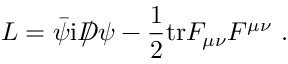
{ \cal L } = \bar { \psi } \mathrm { i } D \! \! \! \! / \, \psi - \frac { 1 } { 2 } \mathrm { t r } F _ { \mu \nu } F ^ { \mu \nu } \ .